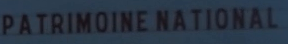
PATRIMOINE NATIONAL